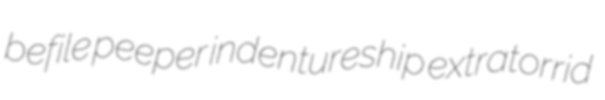
befile peeper indentureship extratorrid